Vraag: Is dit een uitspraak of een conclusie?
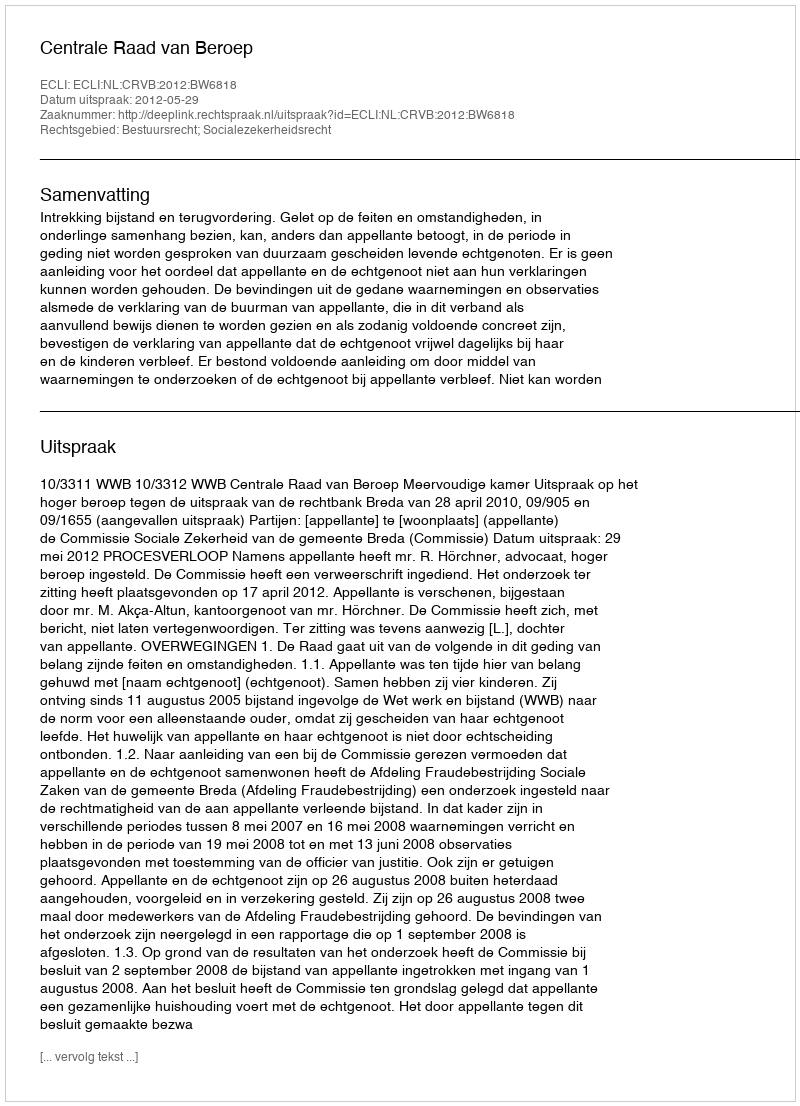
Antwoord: Uitspraak